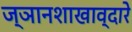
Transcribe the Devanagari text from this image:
ज्ञानशाखाव्दारे